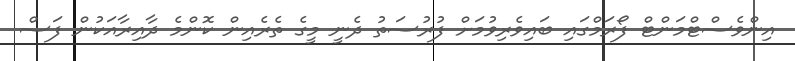
އިންވެސްޓްމަންޓް ފޯރަމްގައި ބައިވެރިވުމަށް ފުރުސަތު ދެނީ މީގެ ތެރެއިން ކޮންމެ ދާއިރާއަކުން ފަސް